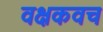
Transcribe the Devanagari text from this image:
वक्षकवच